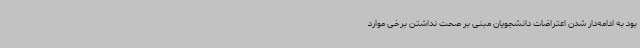
بود به ادامه‌دار شدن اعتراضات دانشجویان مبنی بر صحت نداشتن برخی موارد